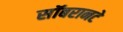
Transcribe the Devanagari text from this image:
सॉबरानटे